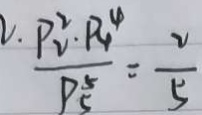
^ { 2 } \frac { P _ { 2 } ^ { 2 } \cdot R _ { 4 } ^ { 4 } } { P _ { 5 } ^ { 5 } } = \frac { 2 } { 5 }